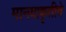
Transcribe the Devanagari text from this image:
मानवाकृतीचे